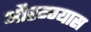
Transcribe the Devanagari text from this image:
औरन्ग्यास